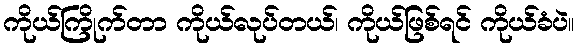
ကိုယ်ကြိုက်တာ ကိုယ်လုပ်တယ်၊ ကိုယ်ဖြစ်ရင် ကိုယ်ခံပဲ။